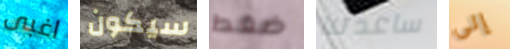
اغبى سيكون ضغط ساعدتنا إلى